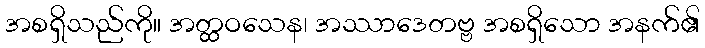
အစရှိသည်ကို။ အတ္ထဝသေန၊ အဿာဒေတဗ္ဗ အစရှိသော အနက်၏